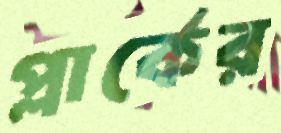
প্লার্কের